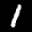
Label: 1